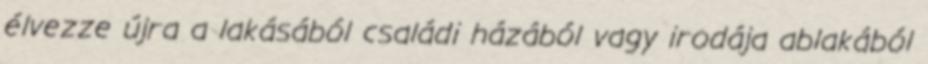
élvezze újra a lakásából családi házából vagy irodája ablakából